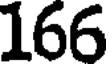
166